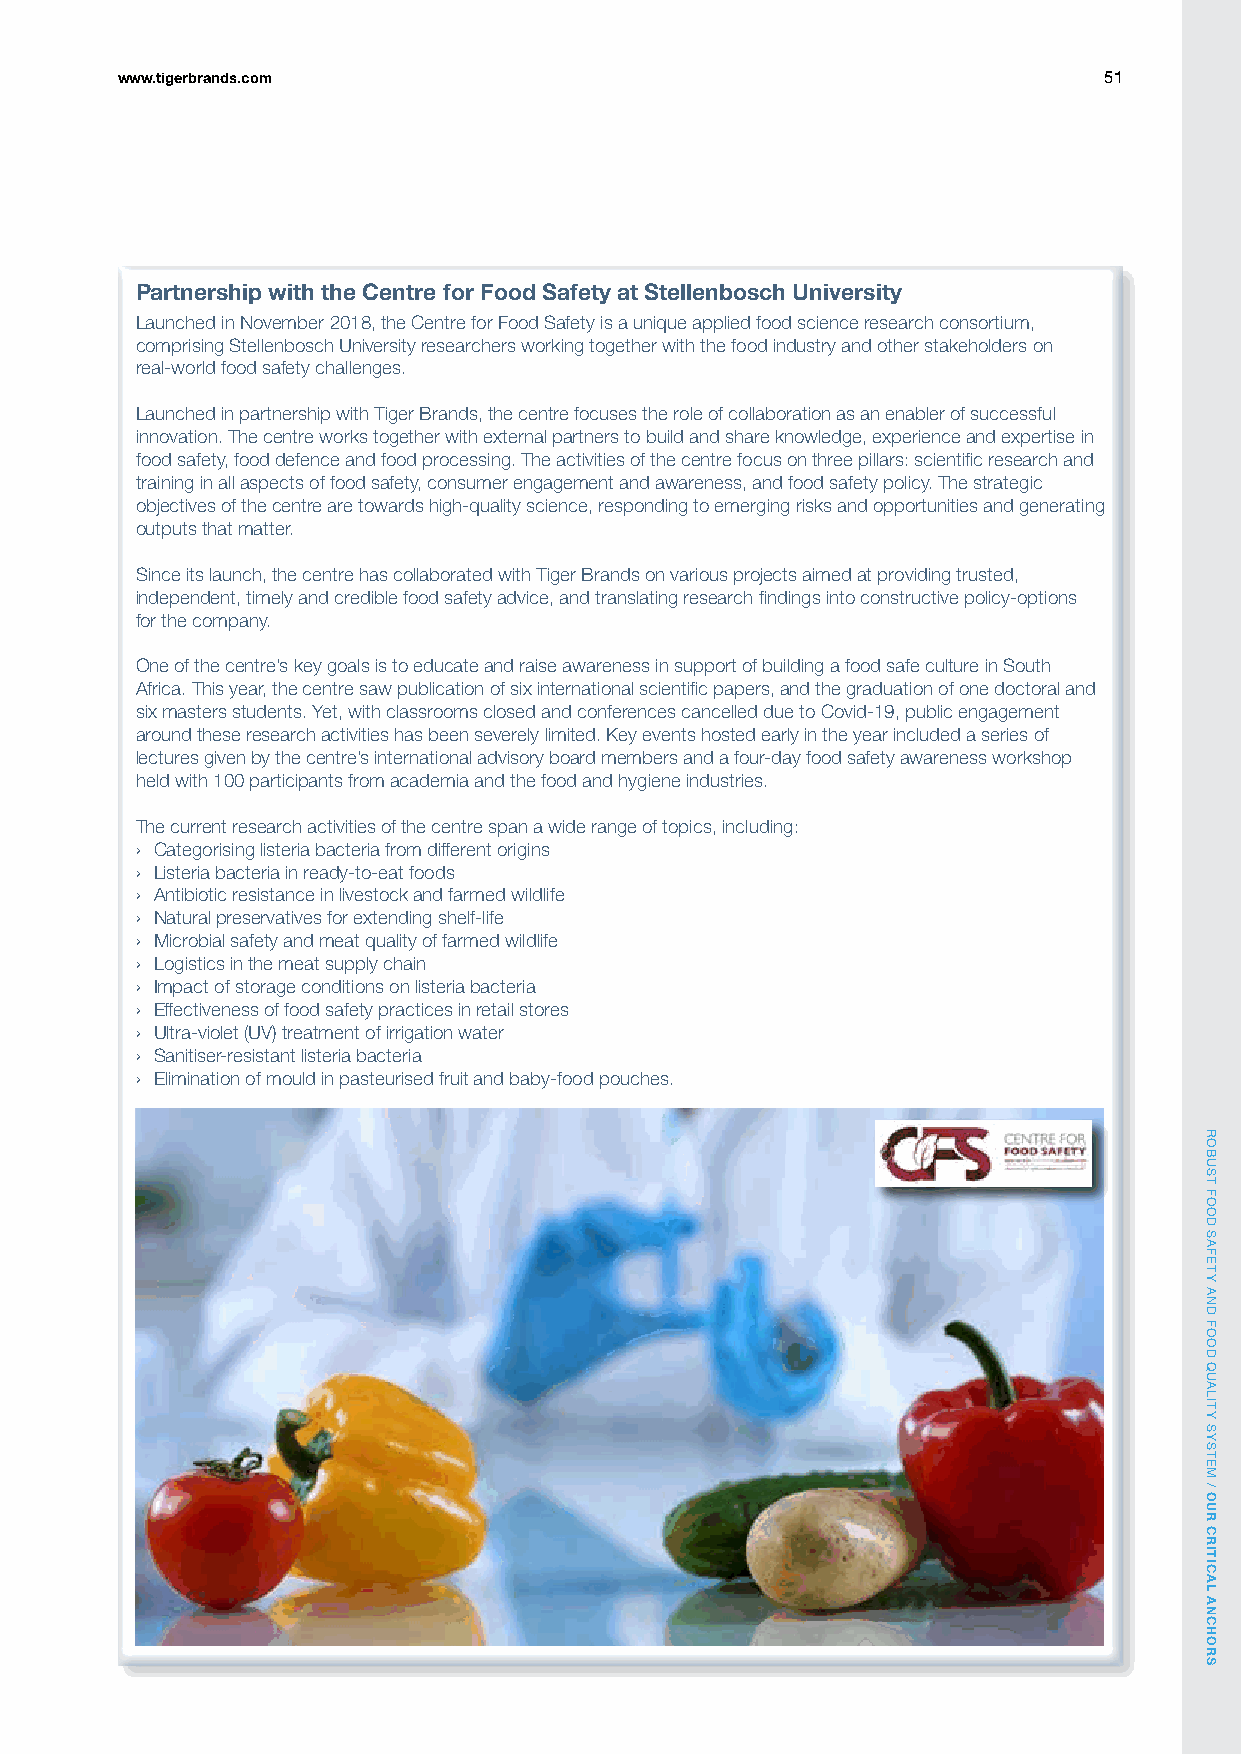
www.tigerbrands.com                                              51
 Partnership with the Centre for Food Safety at Stellenbosch University
 Launched in November 2018, the Centre for Food Safety is a unique applied food science research consortium,
 comprising Stellenbosch University researchers working together with the food industry and other stakeholders on
 real-world food safety challenges.
 Launched in partnership with Tiger Brands, the centre focuses the role of collaboration as an enabler of successful
 innovation. The centre works together with external partners to build and share knowledge, experience and expertise in
 food safety, food defence and food processing. The activities of the centre focus on three pillars: scientific research and
 training in all aspects of food safety, consumer engagement and awareness, and food safety policy. The strategic
 objectives of the centre are towards high-quality science, responding to emerging risks and opportunities and generating
 outputs that matter.
 Since its launch, the centre has collaborated with Tiger Brands on various projects aimed at providing trusted,
 independent, timely and credible food safety advice, and translating research findings into constructive policy-options
 for the company.
 One of the centre’s key goals is to educate and raise awareness in support of building a food safe culture in South
 Africa. This year, the centre saw publication of six international scientific papers, and the graduation of one doctoral and
 six masters students. Yet, with classrooms closed and conferences cancelled due to Covid-19, public engagement
 around these research activities has been severely limited. Key events hosted early in the year included a series of
 lectures given by the centre’s international advisory board members and a four-day food safety awareness workshop
 held with 100 participants from academia and the food and hygiene industries.
 The current research activities of the centre span a wide range of topics, including:
 › Categorising listeria bacteria from different origins
 › Listeria bacteria in ready-to-eat foods
 › Antibiotic resistance in livestock and farmed wildlife
 › Natural preservatives for extending shelf-life
 › Microbial safety and meat quality of farmed wildlife
 › Logistics in the meat supply chain
 › Impact of storage conditions on listeria bacteria
 › Effectiveness of food safety practices in retail stores
 › Ultra-violet (UV) treatment of irrigation water
 › Sanitiser-resistant listeria bacteria
 › Elimination of mould in pasteurised fruit and baby-food pouches.
 ROBUST
 FOOD
 SAFETY
 AND
 FOOD
 QUALITY
 SYSTEM
 /
 OUR
 CRITICAL
 ANCHORS